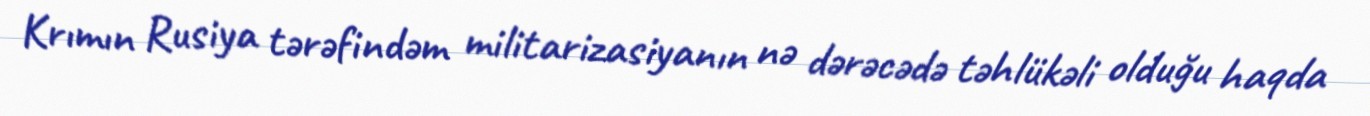
Krımın Rusiya tərəfindəm militarizasiyanın nə dərəcədə təhlükəli olduğu haqda